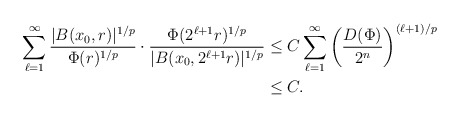
\begin{align*}\sum_{\ell=1}^\infty\frac{|B(x_0,r)|^{1/p}}{\Phi(r)^{1/p}}\cdot\frac{\Phi(2^{\ell+1}r)^{1/p}}{|B(x_0,2^{\ell+1}r)|^{1/p}}&\leq C\sum_{\ell=1}^\infty\left(\frac{D(\Phi)}{2^{n}}\right)^{{(\ell+1)}/p}\\&\leq C.\end{align*}